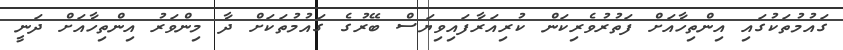
ގައުމުތަކުގައި އިންތިހާއަށް ފަތުރުވެރިކަން ކުރިއަރާފައިވިޔަސް ބޭރުގެ ގައުމުތަކަށް ދާ މިންވަރު އިންތިހާއަށް ދަނީ